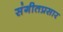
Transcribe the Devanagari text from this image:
संगीतप्रसार